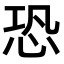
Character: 恐